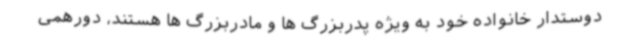
دوستدار خانواده خود به ویژه پدربزرگ ها و مادربزرگ ها هستند، دورهمی